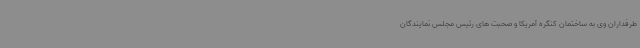
طرفداران وی به ساختمان کنگره آمریکا و صحبت های رئیس مجلس نمایندگان